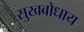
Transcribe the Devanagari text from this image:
सुखबोधाय